Indian journal of veterinary science and animal husbandry - Volumes 15-17, 1948-1951
Year: 1948
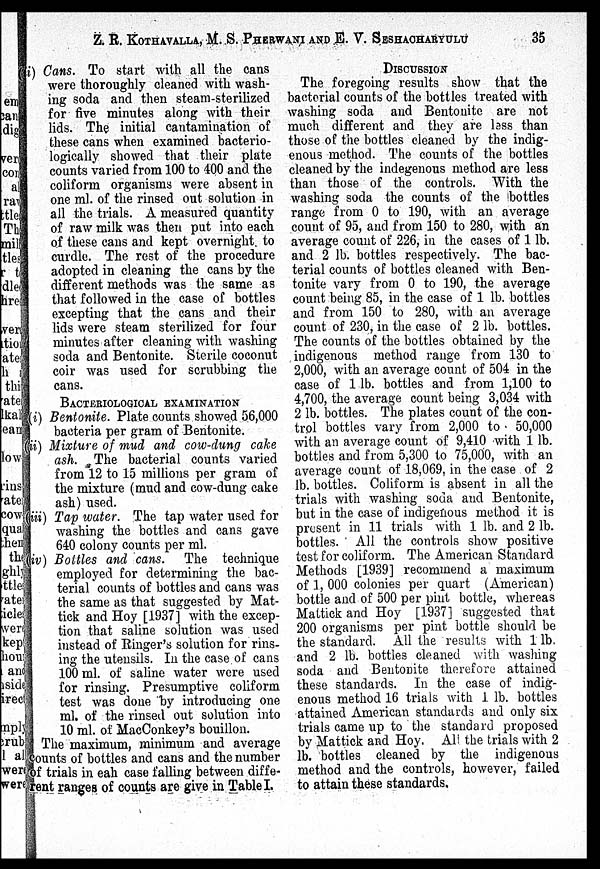
Z. E. KOTHAVALLA, M. S. PHERWANI AND E. V. SESHACHARYULU 35
(i) Cans. To start with all the cans
were thoroughly cleaned with wash-
ing soda and then steam-sterilized
for five minutes along with their
lids. The initial cantamination of
these cans when examined bacterio-
logically showed that their plate
counts varied from 100 to 400 and the
coliform organisms were absent in
one ml. of the rinsed out solution in
all the trials. A measured quantity
of raw milk was then put into each
of these cans and kept overnight to
curdle. The rest of the procedure
adopted in cleaning the cans by the
different methods was the same as
that followed in the case of bottles
excepting that the cans and their
lids were steam sterilized for four
minutes after cleaning with washing
soda and Bentonite. Sterile coconut
coir was used for scrubbing the
cans.
BACTERIOLOGICAL EXAMINATION
(i) Bentonite. Plate counts showed 56,000
bacteria per gram of Bentonite.
(ii) Mixture of mud and cow-dung cake
ash. The bacterial counts varied
from 12 to 15 millions per gram of
the mixture (mud and cow-dung cake
ash) used.
(iii) Tap water. The tap water used for
washing the bottles and cans gave
640 colony counts per ml.
(iv) Bottles and cans. The technique
employed for determining the bac-
terial counts of bottles and cans was
the same as that suggested by Mat-
tick and Hoy [1937] with the excep-
tion that saline solution was used
instead of Ringer's solution for rins-
ing the utensils. In the case of cans
100 ml. of saline water were used
for rinsing. Presumptive coliform
test was done by introducing one
ml. of the rinsed out solution into
10 ml. of MacConkey's bouillon.
The maximum, minimum and average
counts of bottles and cans and the number
of trials in eah case falling between diffe-
rent ranges of counts are give in Table I.
DISCUSSION
The foregoing results show that the
bacterial counts of the bottles treated with
washing soda and Bentonite are not
much different and they are less than
those of the bottles cleaned by the indig-
enous method. The counts of the bottles
cleaned by the indegenous method are less
than those of the controls. With the
washing soda the counts of the bottles
range from 0 to 190, with an average
count of 95, and from 150 to 280, with an
average count of 226, in the cases of 1 lb.
and 2 lb. bottles respectively. The bac-
terial counts of bottles cleaned with Ben-
tonite vary from 0 to 190, the average
count being 85, in the case of 1 lb. bottles
and from 150 to 280, with an average
count of 230, in the case of 2 lb. bottles.
The counts of the bottles obtained by the
indigenous method range from 130 to
2,000, with an average count of 504 in the
case of 1 lb. bottles and from 1,100 to
4,700, the average count being 3,034 with
2 lb. bottles. The plates count of the con-
trol bottles vary from 2,000 to 50,000
with an average count of 9,410 with 1 lb.
bottles and from 5,300 to 75,000, with an
average count of 18,069, in the case of 2
lb. bottles. Coliform is absent in all the
trials with washing soda and Bentonite,
but in the case of indigenous method it is
present in 11 trials with 1 lb. and 2 lb.
bottles. All the controls show positive
test for coliform. The American Standard
Methods [1939] recommend a maximum
of 1, 000 colonies per quart (American)
bottle and of 500 per pint bottle, whereas
Mattick and Hoy [1937] suggested that
200 organisms per pint bottle should be
the standard. All the results with 1 lb,
and 2 lb. bottles cleaned with washing
soda and Bentonite therefore attained
these standards. In the case of indig-
enous method 16 trials with 1 lb. bottles
attained American standards and only six
trials came up to the standard proposed
by Mattick and Hoy. All the trials with 2
lb. bottles cleaned by the indigenous
method and the controls, however, failed
to attain these standards.